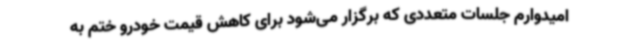
امیدوارم جلسات متعددی که برگزار می‌شود برای کاهش قیمت خودرو ختم به